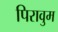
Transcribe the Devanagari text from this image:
पिरावुम